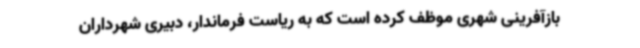
بازآفرینی شهری موظف کرده است که به ریاست فرماندار، دبیری شهرداران